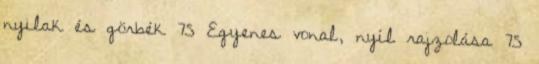
nyilak és görbék 75 Egyenes vonal, nyíl rajzolása 75